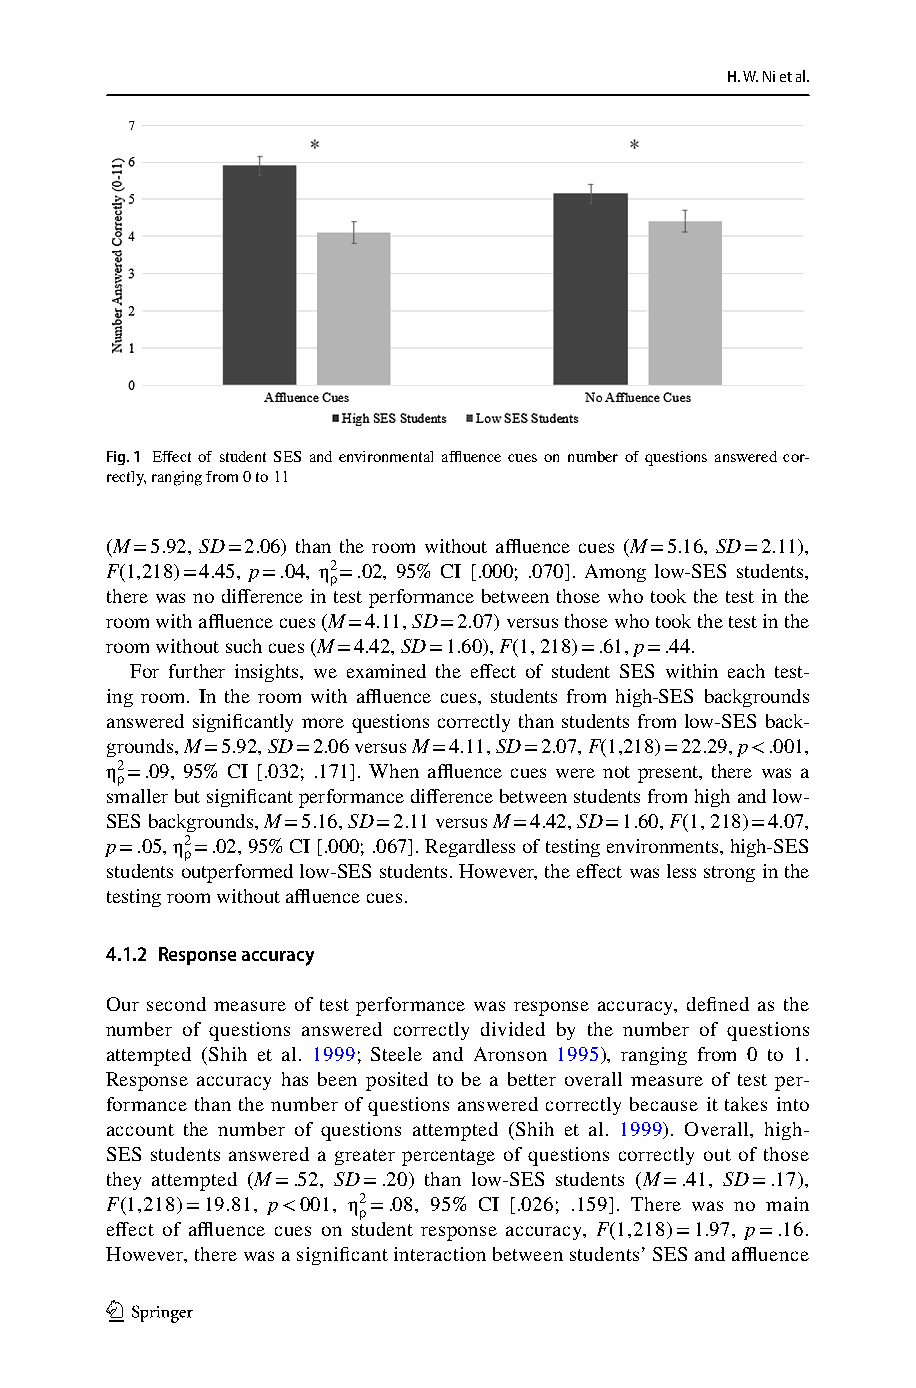
H. W. Ni et al.
 Fig. 1 Effect of student SES and environmental affluence cues on number of questions answered cor-
 rectly, ranging from 0 to 11
 (M = 5.92, SD = 2.06) than the room without affluence cues (M = 5.16, SD = 2.11),
 F(1,218) = 4.45, p = .04, η2 = .02, 95% CI [.000; .070]. Among low-SES students,
 p
 there was no difference in test performance between those who took the test in the
 room with affluence cues (M = 4.11, SD = 2.07) versus those who took the test in the
 room without such cues (M = 4.42, SD = 1.60), F(1, 218) = .61, p = .44.
 For further insights, we examined the effect of student SES within each test-
 ing room. In the room with affluence cues, students from high-SES backgrounds
 answered significantly more questions correctly than students from low-SES back-
 grounds, M = 5.92, SD = 2.06 versus M = 4.11, SD = 2.07, F(1,218) = 22.29, p < .001,
 η2 = .09, 95% CI [.032; .171]. When affluence cues were not present, there was a
 p
 smaller but significant performance difference between students from high and low-
 SES backgrounds, M = 5.16, SD = 2.11 versus M = 4.42, SD = 1.60, F(1, 218) = 4.07,
 p = .05, η2 = .02, 95% CI [.000; .067]. Regardless of testing environments, high-SES
 p
 students outperformed low-SES students. However, the effect was less strong in the
 testing room without affluence cues.
 4.1.2 Response accuracy
 Our second measure of test performance was response accuracy, defined as the
 number of questions answered correctly divided by the number of questions
 attempted (Shih et al. 1999; Steele and Aronson 1995), ranging from 0 to 1.
 Response accuracy has been posited to be a better overall measure of test per-
 formance than the number of questions answered correctly because it takes into
 account the number of questions attempted (Shih et al. 1999). Overall, high-
 SES students answered a greater percentage of questions correctly out of those
 they attempted (M = .52, SD = .20) than low-SES students (M = .41, SD = .17),
 F(1,218) = 19.81, p < 001, η2 = .08, 95% CI [.026; .159]. There was no main
 p
 effect of affluence cues on student response accuracy, F(1,218) = 1.97, p = .16.
 However, there was a significant interaction between students’ SES and affluence
 1 3